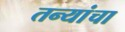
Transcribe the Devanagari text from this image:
तन्यांचा